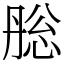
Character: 㥖